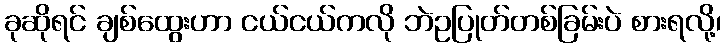
ခုဆိုရင် ချစ်ထွေးဟာ ငယ်ငယ်ကလို ဘဲဥပြုတ်တစ်ခြမ်းပဲ စားရလို့၊